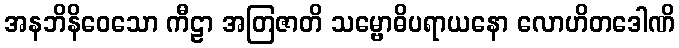
အနဘိနိဝေသော ကီဠာ အတြဇာတိ သမ္ဗောဓိပရာယနော လောဟိတဒေါဏိ